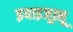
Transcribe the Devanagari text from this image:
इयाइजूत्सू